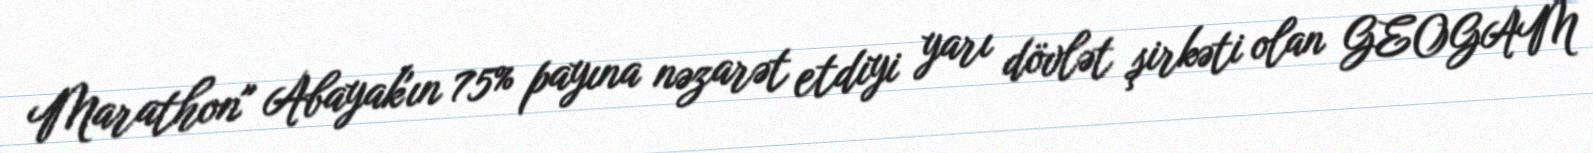
Marathon" Abayak'ın 75% payına nəzarət etdiyi yarı dövlət şirkəti olan GEOGAM